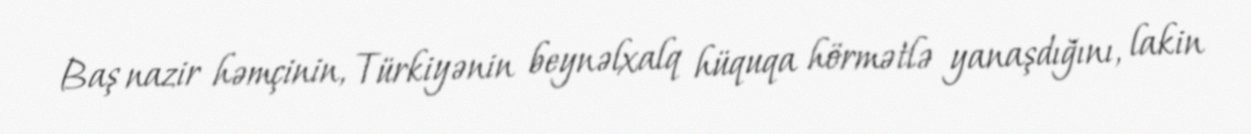
Baş nazir həmçinin, Türkiyənin beynəlxalq hüquqa hörmətlə yanaşdığını, lakin